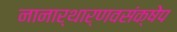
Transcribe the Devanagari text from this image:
नानार्थार्णवसंक्षेप